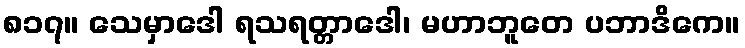
၈၁၇။ သေမှာဒေါ ရသရတ္တာဒေါ၊ မဟာဘူတေ ပဘာဒိကေ။